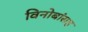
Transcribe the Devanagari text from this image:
विनोबांसह